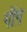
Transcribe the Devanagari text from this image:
गॉग़